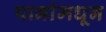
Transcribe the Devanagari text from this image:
पानांमधून